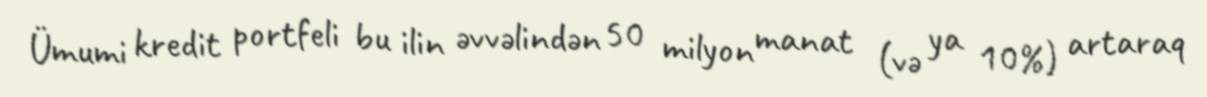
Ümumi kredit portfeli bu ilin əvvəlindən 50 milyon manat (və ya 10%) artaraq